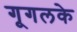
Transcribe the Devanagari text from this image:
गूगलके